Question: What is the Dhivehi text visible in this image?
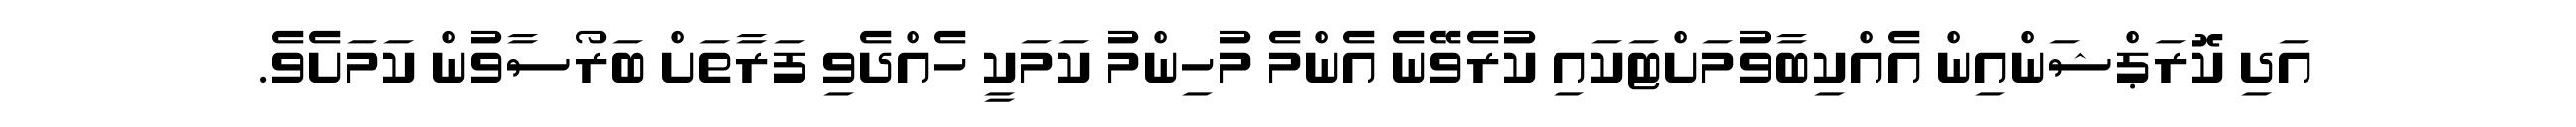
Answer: އަދި ކޮރަޕްޝަންއިން އެއްކިބާވުމަށްޓަކައި ކުރެވޭނެ އެންމެ މުހިންމު ކަމަކީ ހެއްދެވި ފަރާތަށް ބަރޯސާވުން ކަމަށެވެ.